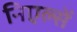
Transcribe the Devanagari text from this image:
निएल्सें